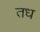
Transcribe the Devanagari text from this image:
तध